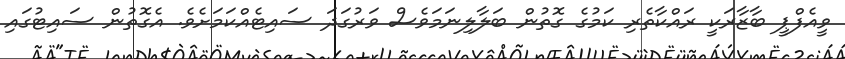
ވީއެފްޕީ ބާޒާރަކީ ރައްކާތެރި ކަމުގެ ގޮތުން ބަލާލިނަމަވެސް ވަރުގަދަ ސައިޓެއްކަމަށެވެ. އެގޮތުން ސައިޓުގައި